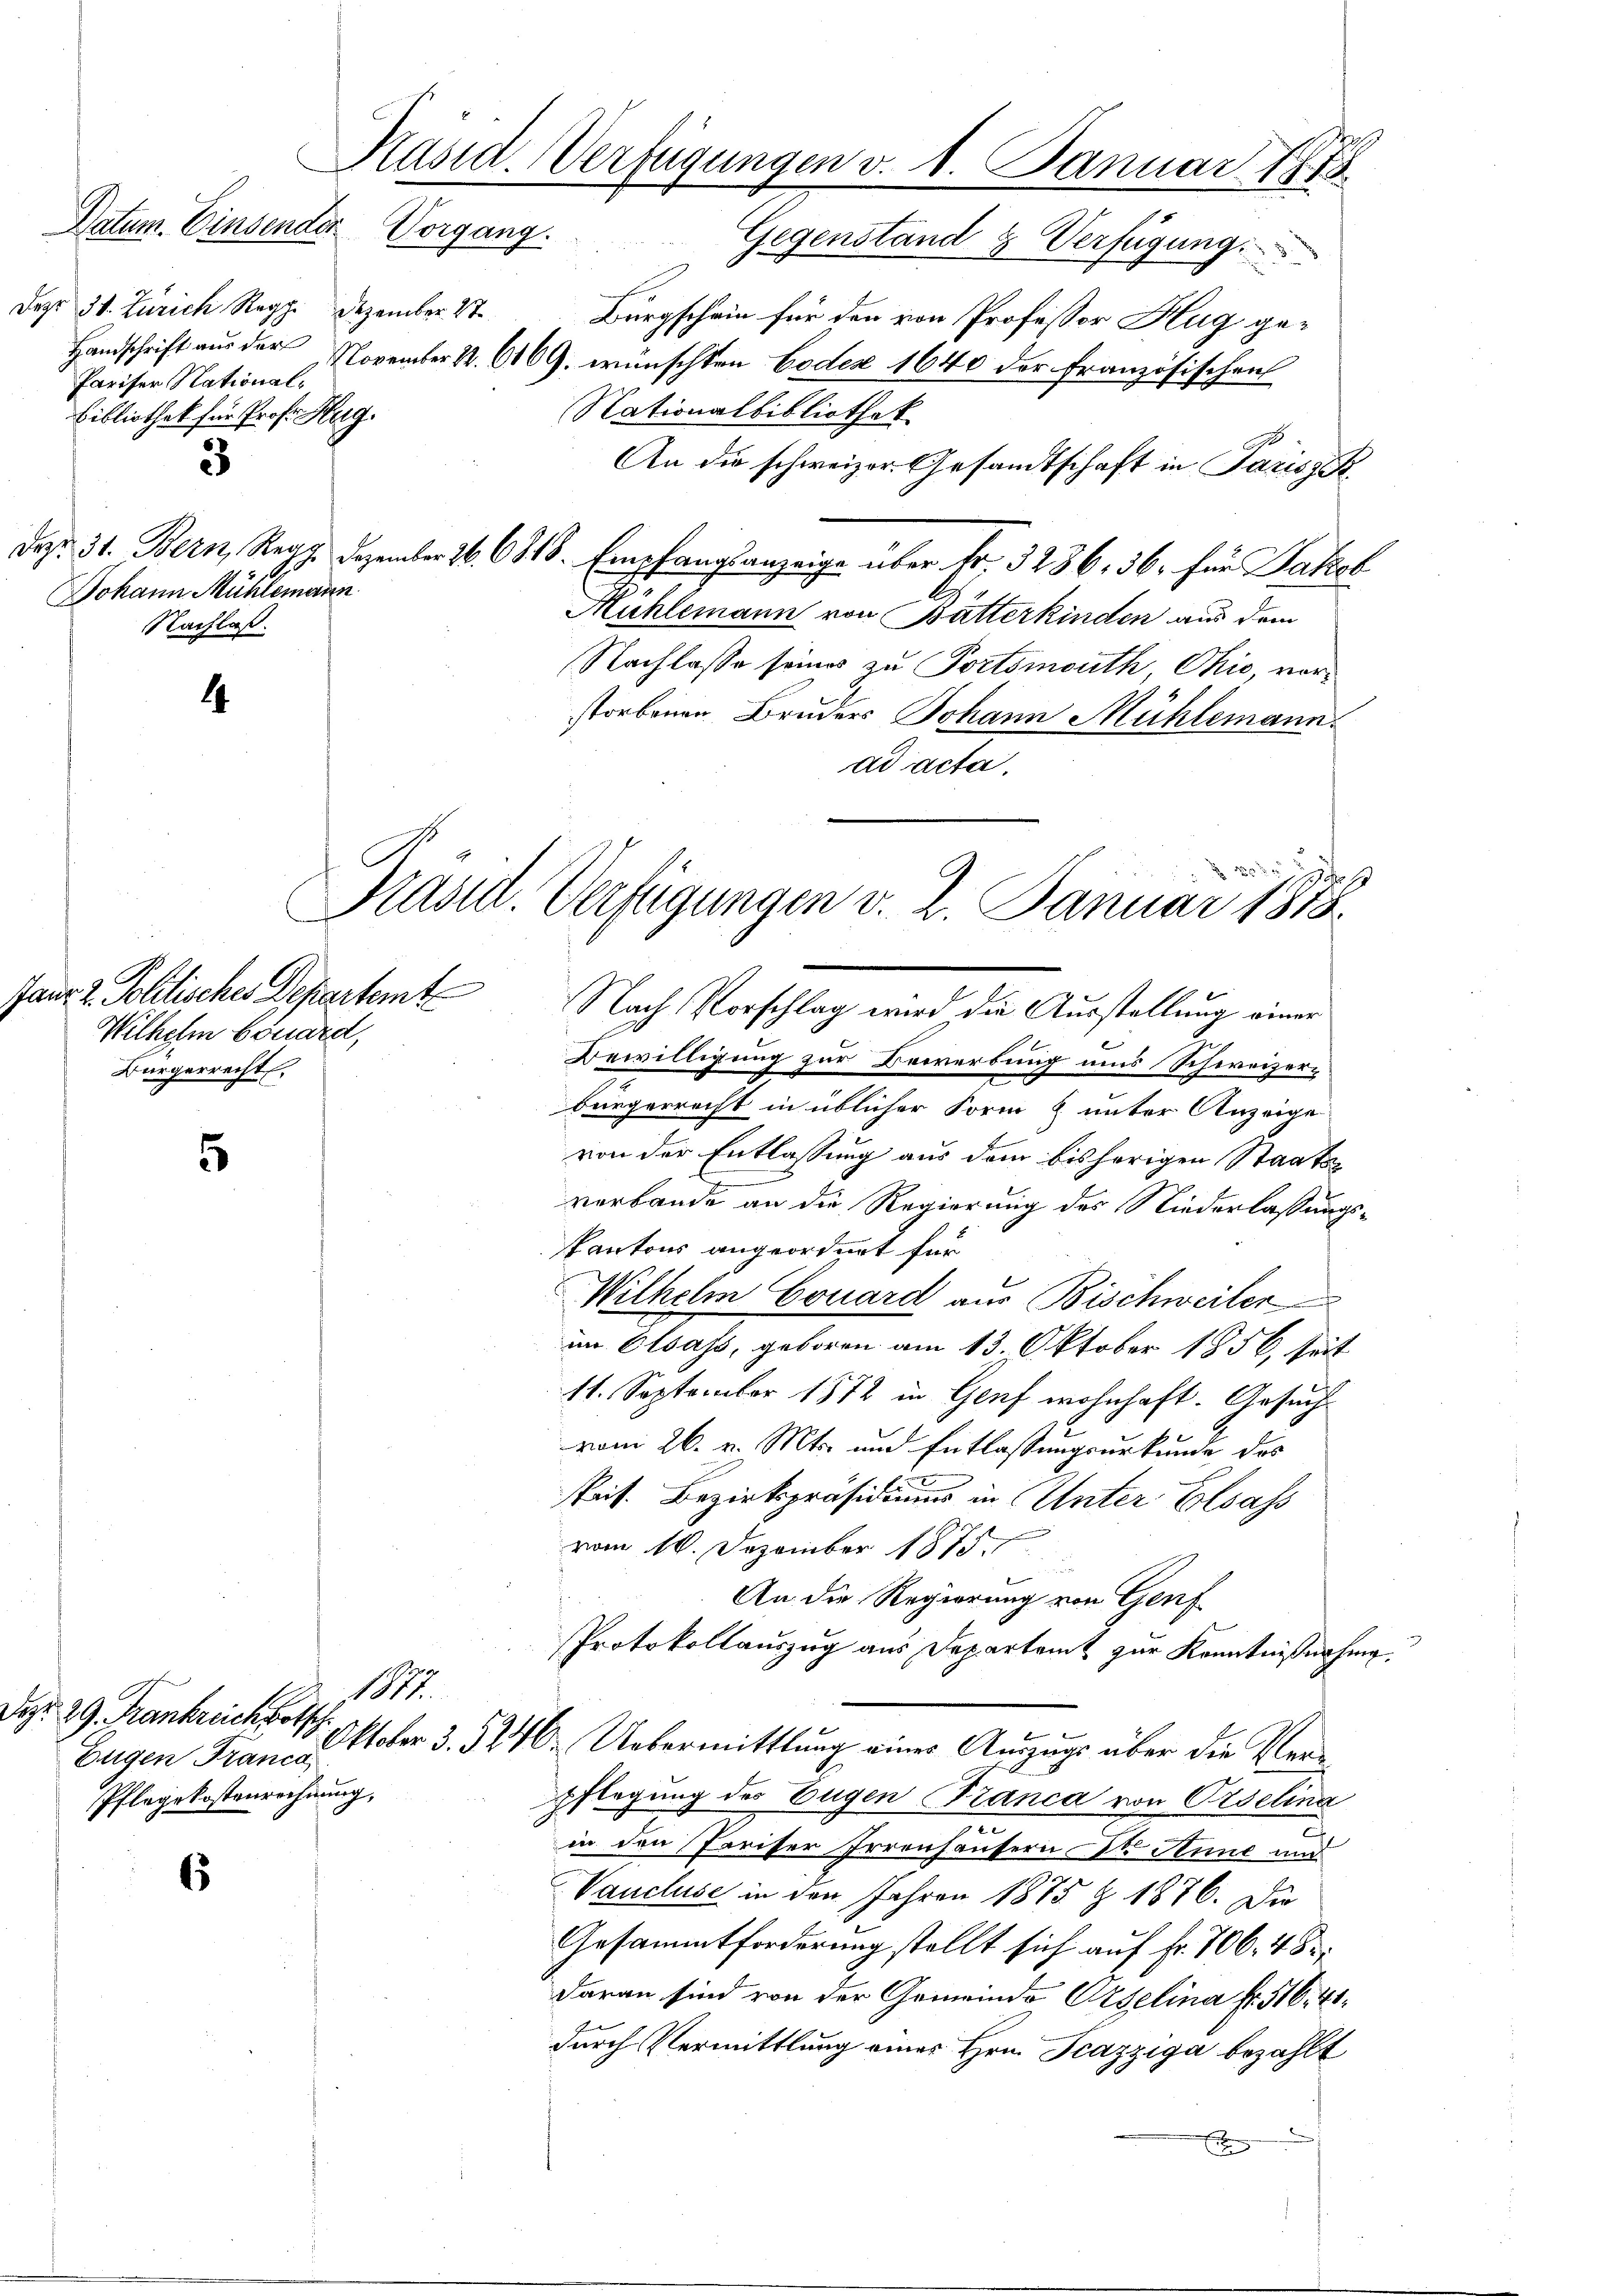
Dre

38. Zürich Reg
Handschrift aus der
Pariser National¬
Bibliothek für Prof. Hug.

3

Johann Mühlemann.
Nachlaß.

4

Dezember St

Wilhelm bonard,
Bürgerrecht

s

J. Propor
1817.
Pag. 29. Frankreich botsch
Pflegekostenrechnung,

6

Käsid. Verfügungen v. 1. Januar 1875
Datum. Einsender Vorgang.
Gegenstand & Verfügung.

Bürgschein für den von Professor Hug ge¬
November 1. 6169. wünschten Codex 1640 der französischen
Nationalbibliothek
s
An die schweizer. Gesandtschaft in Parisze
das. 31. Bern, Reg. Dezember 16. 6318. Empfangsanzeige über Fr. 3236, 36, für Jakob
Mühlemann von Batterkinden aus dem
Nachlasse seines zu Fortsmouth, Ohio, vor-
storbenen Bruders Johann Mühlemann.
ad acta,

Prasil. Verfügungen v. 2. Januar 1818.
Janr. 2. Politisches Departem Nach Vorschlag wird die Ausstellung einer

Bewilligung zur Bewerbung uns Schweizerbürgerrecht in üblicher Form & unter Anzeige
von der Entlassung aus dem bisherigen Staatsverbande an die Regierung des Niederlassungs-
Kantons angeordnet für
Wilhelm Couard aus Bischweiler
im Elsass, geboren am 13. Oktober 1856, Seit
11. September 1872 in Genf wohnhaft. Gesuch
vom 26. v. Mts. und Entlassungsurkunde des
Pais. Bezirkspräsidium in Unter Elsass
vom 16. Dezember 1875.
und
An die Regierung von Genf
Protokollauszug aus Departamt zur Kenntnißnahme
Eugen Frau u. Stober 3. 5246. Uebermittlung eines Auszugs über die Verpflegung des Eugen Franca von Orselina
in den Pariser Irrenhäusern Dr. Anne und
Vancluse in den Jahren 1875 § 1876. Die
Gesammtforderung stellt sich auf Fr. 706. 48.
daran sind von der Gemeinde Orgelina Fr. 516. 41.
durch Vermittlung eines Hrn. Scazziga bezahlt
E